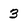
Character: 3